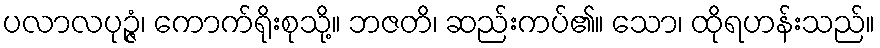
ပလာလပုဉ္ဇံ၊ ကောက်ရိုးစုသို့။ ဘဇတိ၊ ဆည်းကပ်၏။ သော၊ ထိုရဟန်းသည်။